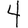
Digit: 4